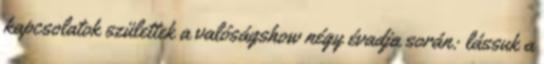
kapcsolatok születtek a valóságshow négy évadja során: lássuk a